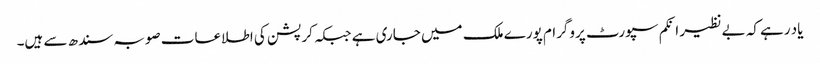
یاد رہے کہ بے نظیر انکم سپورٹ پروگرام پورے ملک میں جاری ہے جبکہ کرپشن کی اطلاعات صوبہ سندھ سے ہیں۔